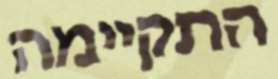
התקיימה